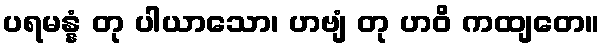
ပရမန္နံ တု ပါယာသော၊ ဟဗျံ တု ဟဝိ ကထျတေ။